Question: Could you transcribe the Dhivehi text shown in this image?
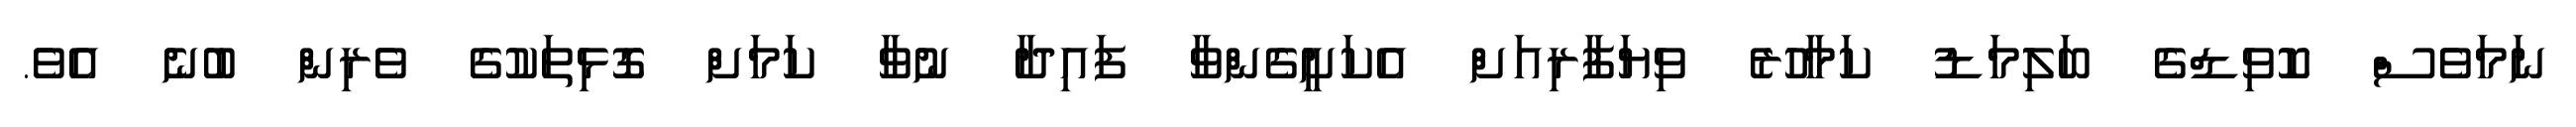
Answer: ނަމަވެސް ކޮވިޑްގެ ބަލިމަޑު ކަމާހުރެ ވިޔަފާރިއަށް އެކަށީގެންވާ ފައިދާ ނުވާ ކަމަށް ގޮޅިތަކުގެ ވެރިން ބުނެ އެވެ.